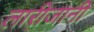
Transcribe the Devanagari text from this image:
लारीजानी